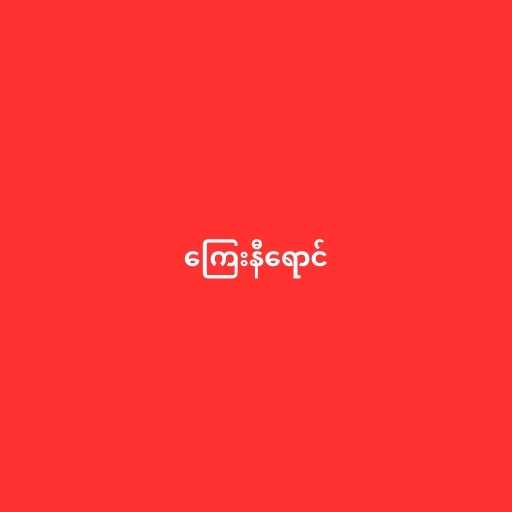
ကြေးနီရောင်